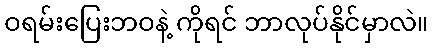
ဝရမ်းပြေးဘဝနဲ့ ကိုရင် ဘာလုပ်နိုင်မှာလဲ။